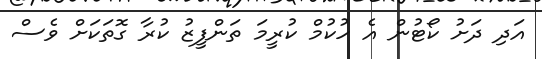
އަދި ދަށު ކޯޓުން އެ ހުކުމް ކުރީމަ ތަންފީޒު ކުރާ ގޮތަކަށް ވެސް